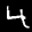
Label: 4